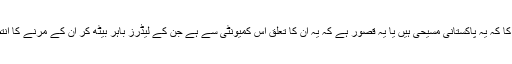
کیا قصور ہے ان کا کہ یہ پاکستانی مسیحی ہیں یا یہ قصور ہے کہ یہ ان کا تعلق اس کمیونٹی سے ہے جن کے لیڈرز باہر بیٹھ کر ان کے مرنے کا انتظار کر رہے ہیں۔